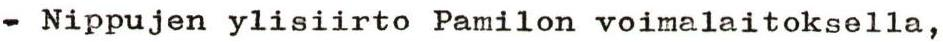
- Nippujen ylisiirto Pamilon voimalaitoksella,